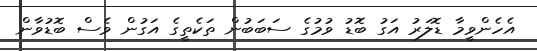
އެހެންވީމާ ޑޮލަރު އަގު ބޮޑު ވުމުގެ ސަބަބުން ތަކެތީގެ އަގުން ވެސް ބޮޑުވާން